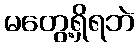
မတွေ့ရှိရဘဲ